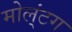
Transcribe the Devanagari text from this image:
मोल्‌ंटग